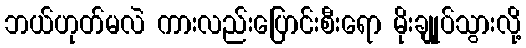
ဘယ်ဟုတ်မလဲ ကားလည်းပြောင်းစီးရော မိုးချုုပ်သွားလို့